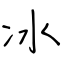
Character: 冰